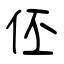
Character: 伾